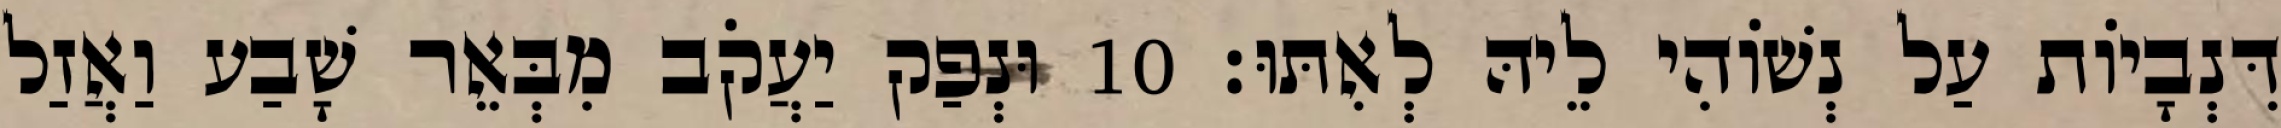
דִּנְבָיוֹת עַל נְשׁוֹהִי לֵיהּ לְאִתּוּ׃ 10 וּנְפַק יַעֲקֹב מִבְּאֵר שָׁבַע וַאֲזַל